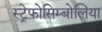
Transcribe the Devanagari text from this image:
स्ट्रेफोसिम्बोलिया